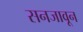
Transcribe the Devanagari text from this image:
सनजावून